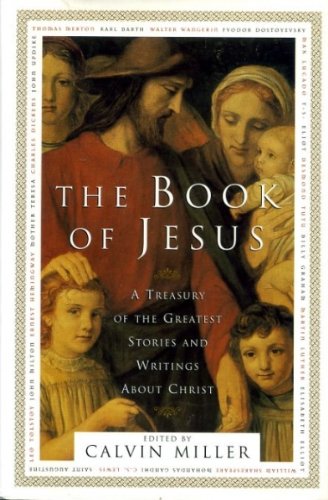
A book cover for The Book of Jesus: A Treasury of the Greatest Stories and Writings About Christ; Dr. Calvin Miller; Christian Books & Bibles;